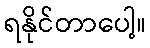
ရနိုင်တာပေါ့။